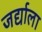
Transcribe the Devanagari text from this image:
जर्द्याला